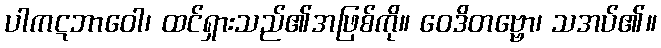
ပါကဋဘာဝေါ၊ ထင်ရှားသည်၏အဖြစ်ကို။ ဝေဒိတဗ္ဗော၊ သအပ်၏။